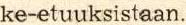
ke-etuuksistaan.